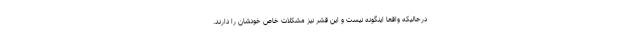
درحالیکه واقعا اینگونه نیست و این قشر نیز مشکلات خاص خودشان را دارند.